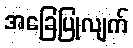
အခြေပြုလျက်